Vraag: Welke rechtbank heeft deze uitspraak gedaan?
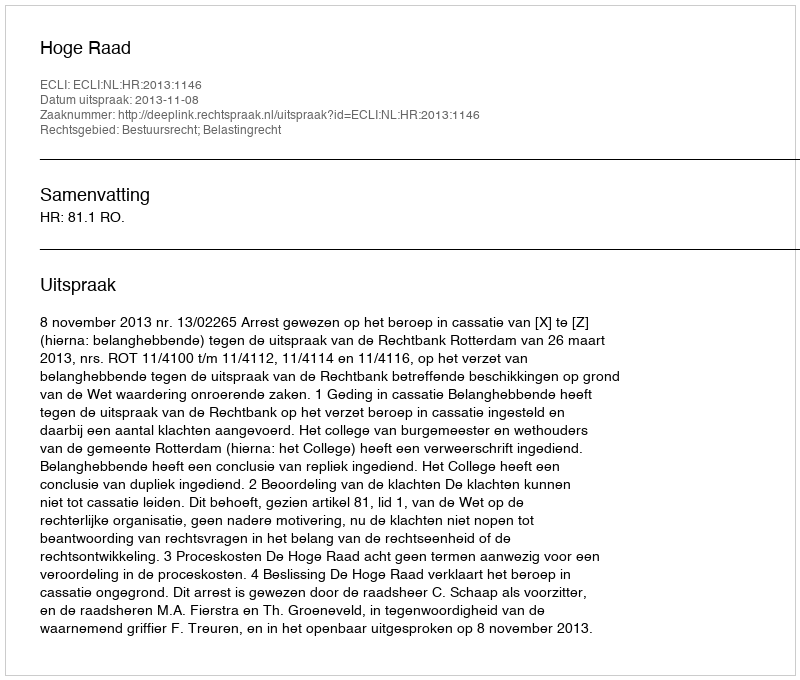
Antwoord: Hoge Raad